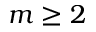
m \geq 2